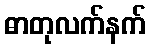
ဓာတုလက်နက်